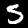
Label: 5